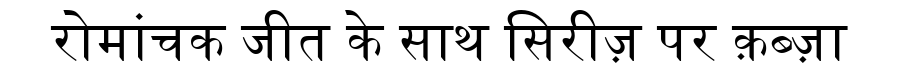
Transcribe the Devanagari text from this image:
रोमांचक जीत के साथ सिरीज़ पर क़ब्ज़ा